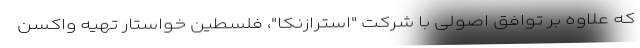
که علاوه بر توافق اصولی با شرکت "استرازنکا"، فلسطین خواستار تهیه واکسن